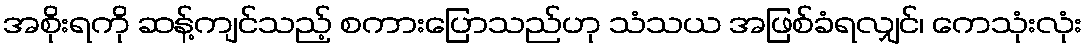
အစိုးရကို ဆန့်ကျင်သည့် စကားပြောသည်ဟု သံသယ အဖြစ်ခံရလျှင်၊ ကေသုံးလုံး